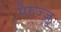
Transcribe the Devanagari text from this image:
मेरुज्जू